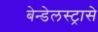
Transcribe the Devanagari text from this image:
बेन्डेलस्ट्रासे